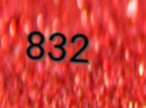
832